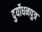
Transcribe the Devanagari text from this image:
दुर्योधनपुत्र